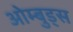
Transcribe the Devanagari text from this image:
ओम्बुड्स